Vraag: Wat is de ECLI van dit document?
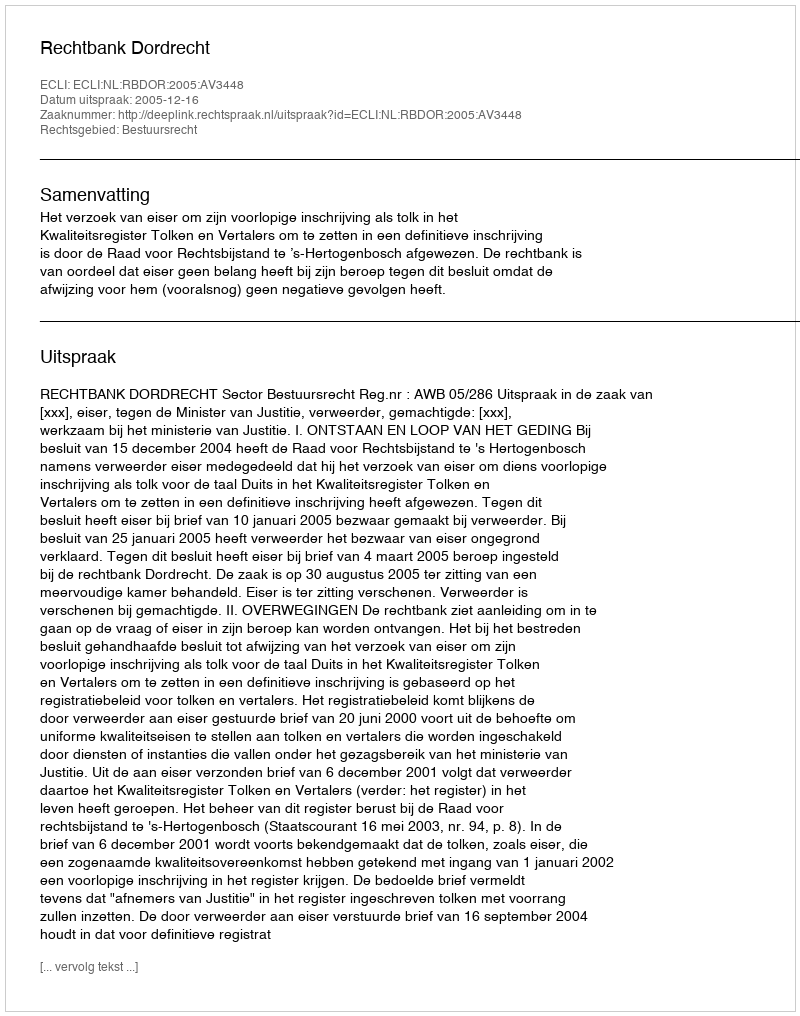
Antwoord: ECLI:NL:RBDOR:2005:AV3448